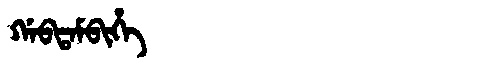
Manchu: ᡤᠠᠪᡨᠠᠮᠪᡳᡥᡝ
Romanization: GABTAMBIHE